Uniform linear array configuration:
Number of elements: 48
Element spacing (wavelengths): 1
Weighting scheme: blackman
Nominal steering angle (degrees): -60
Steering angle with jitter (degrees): -61.556
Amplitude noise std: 0.05
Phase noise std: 0.05

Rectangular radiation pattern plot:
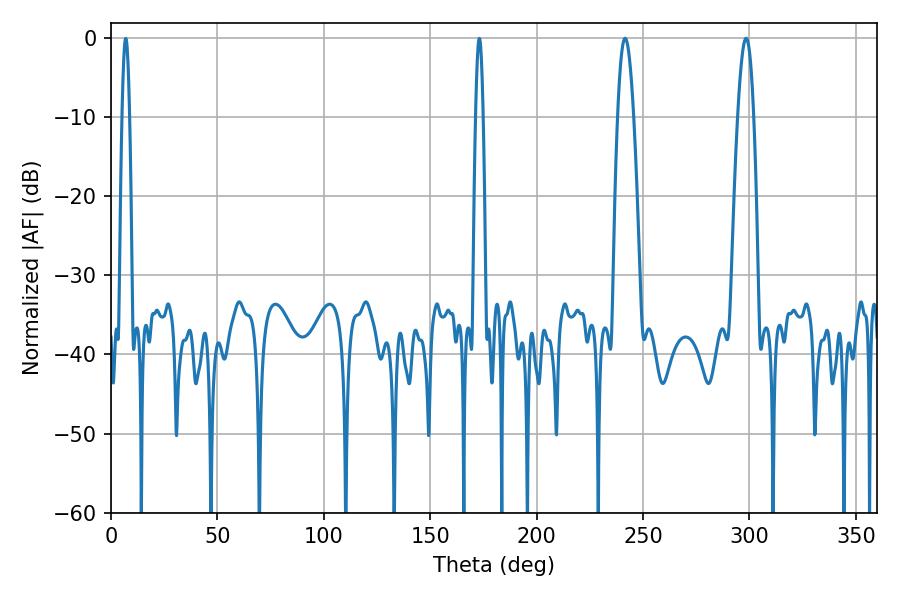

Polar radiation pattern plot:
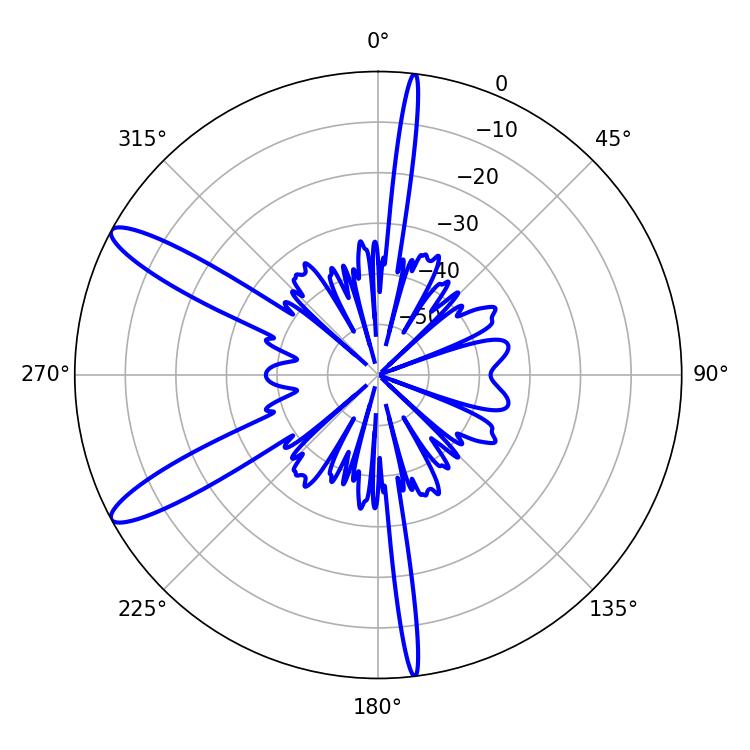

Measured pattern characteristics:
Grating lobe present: TRUE
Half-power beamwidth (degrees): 4.14
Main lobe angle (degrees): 241.56